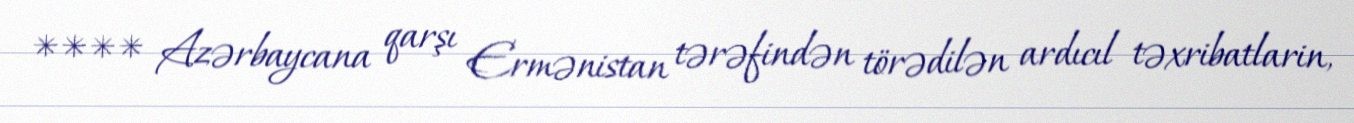
**** Azərbaycana qarşı Ermənistan tərəfindən törədilən ardıcıl təxribatlarin,